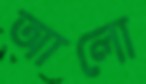
আলো